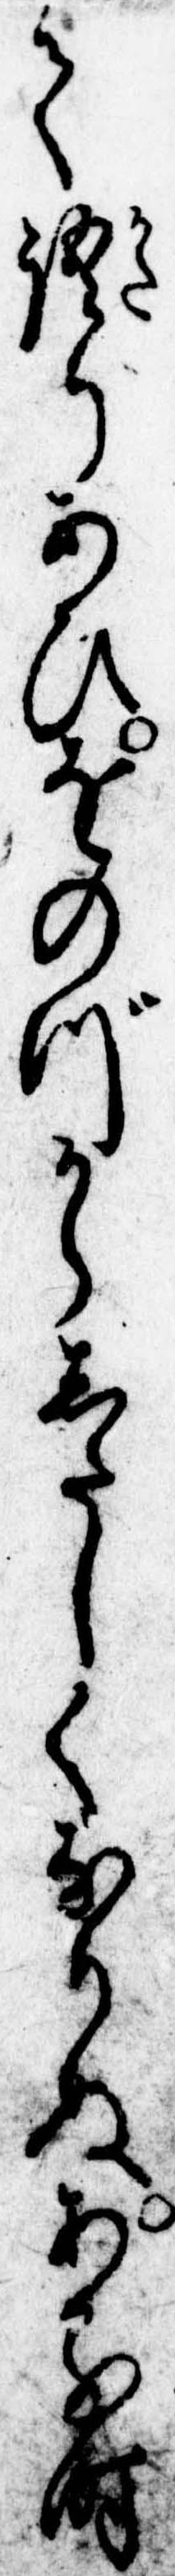
て語りあひをのづからしたしくなりぬある時